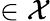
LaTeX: \in{\mathcal{X}}